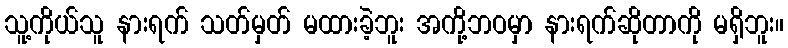
သူ့ကိုယ်သူ နားရက် သတ်မှတ် မထားခဲ့ဘူး အကို့ဘဝမှာ နားရက်ဆိုတာကို မရှိဘူး။